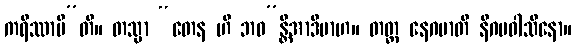
ကရိဿာမီ”တိ။ တသ္မာ “တေန ဟိ ဘဝ”န္တိအာဒိမာဟ။ တတ္ထ နေဂမာတိ နိဂမဝါသိနော။